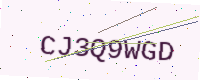
Text: CJ3Q9WGD